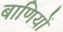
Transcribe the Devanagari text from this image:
बाणियों